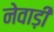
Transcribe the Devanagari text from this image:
नेवाड़ी